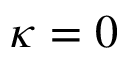
\kappa = 0